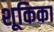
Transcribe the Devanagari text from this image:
शूकिका